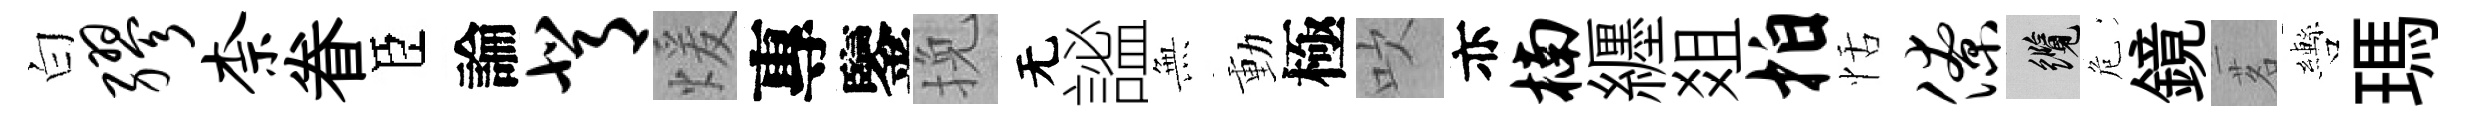
白缪柰眷臣論背煖專鑒挽无謐𭴾動極吹亦楠纒爼拍恬僚纜危鏡茗轡瑪